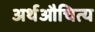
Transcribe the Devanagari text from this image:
अर्थऔचित्य